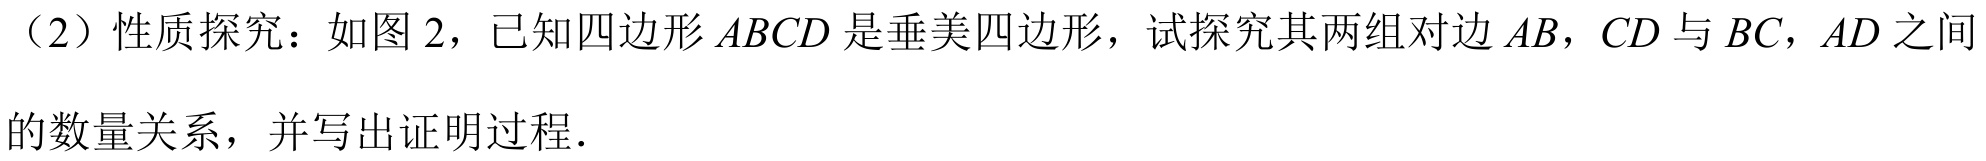
（2）性质探究：如图 2，已知四边形 \(ABCD\) 是垂美四边形，试探究其两组对边 \(AB\)，\(CD\) 与 \(BC\)，\(AD\) 之间
的数量关系，并写出证明过程．